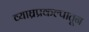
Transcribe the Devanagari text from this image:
व्याघ्रप्रकल्पातून